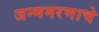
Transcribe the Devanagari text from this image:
जन्ममरणाचे